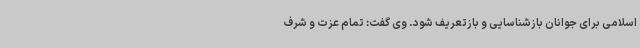
اسلامی برای جوانان بازشناسایی و بازتعریف شود. وی گفت: تمام عزت و شرف